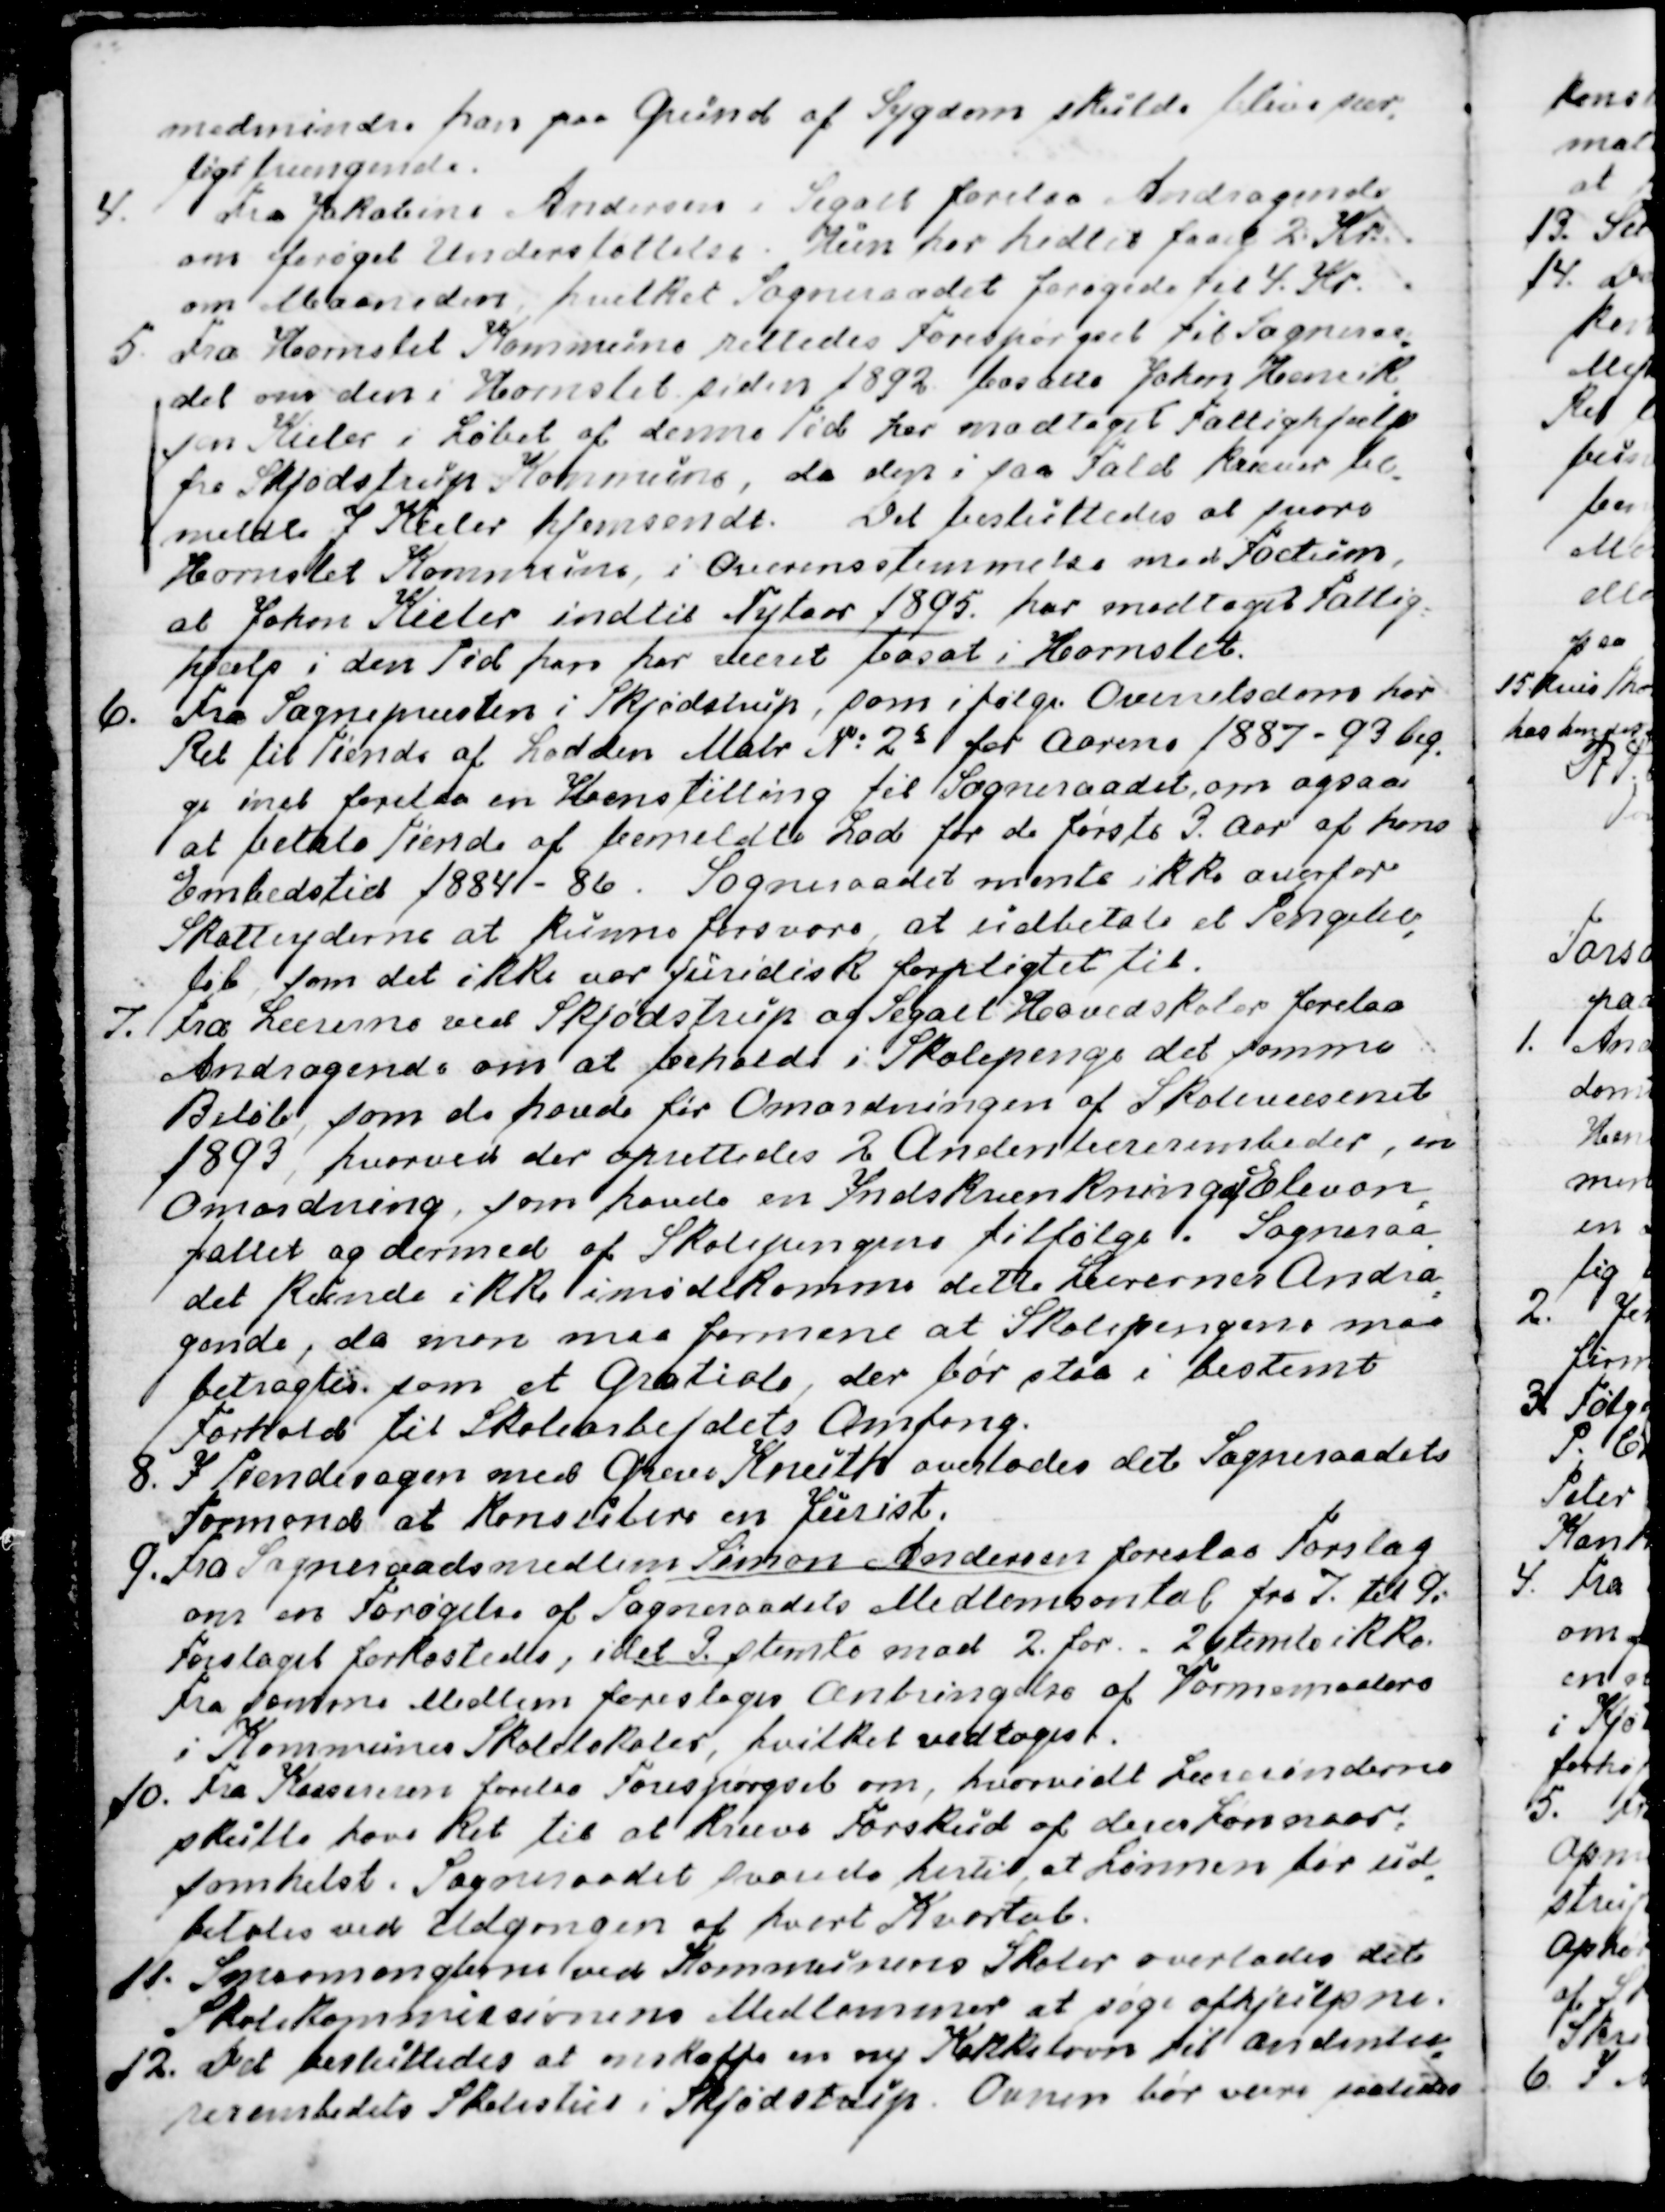
Transskription:
medmindre han paa Grund af Sygdom skulde blive sær
-
ligt trængende.
4. 
Fra Jakobine Andersen i Segalt forelaa Andragende
om forøget Understøttelse. Hun har hidtil faaet 2 Kr.
om Maaneden hvilket Sogneraadet forøgede til 4 Kr.
5. Fra Hornslet Kommune rettedes Forespørgsel til Sogneraa
-
det om den i Hornslet siden 1892 bosatte Johan Henrik
-
sen Kieler i Løbet af denne Tid har modtaget Fattighjælp
fra Skjødstrup Kommune, da den i saa Fald kræver be
-
meldte J Kieler hjemsendt. Det besluttedes at svare
Hornslet Kommune, i Overensstemmelse med Factum,
at Johan Kieler indtil Nytaar 1895 har modtaget Fattig-
hjælp i den Tid han har været bosat i Hornslet.
6. Fra Sognepræsten i Skjødstrup, som i følge Overretsdom har
Ret til Tiende af Lodden Matr. № : 2a for Aarene 1887-93 beg
-
ge incl forelaa en Henstilling til Sogneraadet, om ogsaa
at betale Tiende af bemeldte Lod for de første 3. Aar af hans
Embedstid 1884 - 86. Sogneraadet mente ikke overfor
Skatteyderne at kunne forsvare at udbetale et Pengebe
-
løb som det ikke var juridisk forpligtet til.
7. Fra Lærerne ved Skjødstrup og Segalt Hovedskoler forelaa
Andragende om at beholde i Skolepenge det samme
Beløb, som de havde før Omordningen af Skolevæsenet
1893, hvorved der oprettedes 2 Andenlærerembeder, en
Omordning, som havde en Indskrænkning af Elevan
=
tallet og dermed af Skolepengene tilfølge. Sogneraa
-
det kunde ikke imødekomme dette Lærernes Andra
=
gende, da man maa formene at Skolepengene maa
betragtes som et Gratiale, der bør staa i bestemt
Forhold til Skolearbejdets Omfang.
8. I Tiendesagen med Greve Knuth overlodes det Sogneraadets 
Formand at Konsultere en Jurist.
9. 
Fra Sogneraadsmedlem Simon Andersen forelaa Forslag
om en Forøgelse af Sogneraadets Medlemstal fra 7. til 9.
Forslaget forkastedes, idet 3. stemte mod 2. for. - 2 stemte ikke.
Fra samme Medlem foresloges Anbringelse af Varmemaalere
i Kommunens Skolelokaler, hvilket vedtoges.
10. 
Fra Kassereren forelaa Forespørgsel om, hvorvidt Lærerinderne
skulle have Ret til at kunne kræve Forskud af deres Løn naar-
somhelst. Sogneraadet svarede hertil, at Lønnen bør ud
-
betales ved Udgangen af hvert Kvartal.
11. S  manglerne  ved Kommunens Skole overlodes det
Skolekommissionens Medlemmer at søge afhjulpne.
12. Det besluttedes at anskaffe en ny Kakkelovn til  andenlæ
-
rerembedets Skolestue i Skjødstrup. Ovnen bør være saaledes